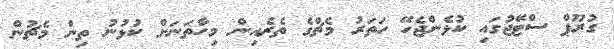
ގުރޫޕް ސްޓޭޖުގައި ކުޅެންޖެހޭ ހަތަރު މެޗްގެ ތެރެއިން މިހާތަނަށް ކުޅުނު ތިން މެޗުން